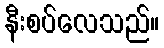
နီးစပ်လေသည်။